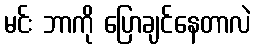
မင်း ဘာကို ပြောချင်နေတာလဲ